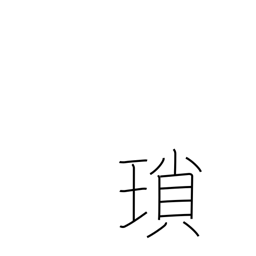
Meaning: chain